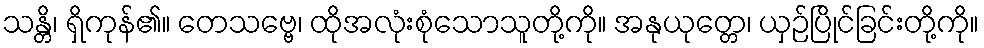
သန္တိ၊ ရှိကုန်၏။ တေသဗ္ဗေ၊ ထိုအလုံးစုံသောသူတို့ကို။ အနုယုတ္တေ၊ ယှဉ်ပြိုင်ခြင်းတို့ကို။